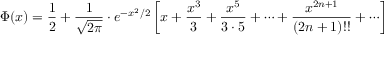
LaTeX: \Phi ( x ) = { \frac { 1 } { 2 } } + { \frac { 1 } { \sqrt { 2 \pi } } } \cdot e ^ { - x ^ { 2 } / 2 } \left[ x + { \frac { x ^ { 3 } } { 3 } } + { \frac { x ^ { 5 } } { 3 \cdot 5 } } + \cdots + { \frac { x ^ { 2 n + 1 } } { ( 2 n + 1 ) ! ! } } + \cdots \right]